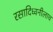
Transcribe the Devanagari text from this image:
रसादिध्वनीलाच